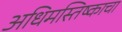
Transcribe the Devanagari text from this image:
अधिमस्तिष्काचा